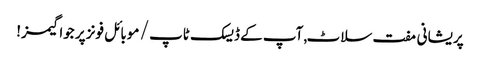
پریشانی مفت سلاٹ, آپ کے ڈیسک ٹاپ / موبائل فونز پر جوا گیمز!